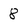
Character: 8